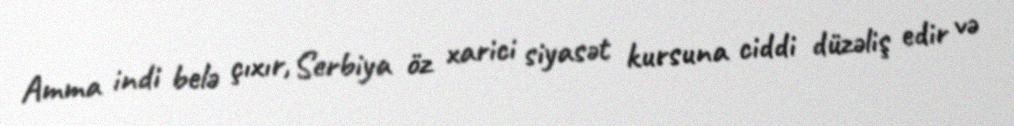
Amma indi belə çıxır, Serbiya öz xarici siyasət kursuna ciddi düzəliş edir və